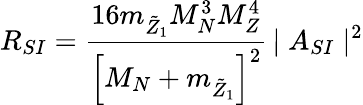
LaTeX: R_{SI}={\frac{{16m_{\tilde{Z}_{1}}M_{N}^{3}}M_{Z}^{4}}{\left[{M_{N}+m_{\tilde{Z}_{1}}}\right]^{2}}}\, {\mid A_{SI}\mid^{2}}